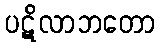
ပဋိလာဘတော